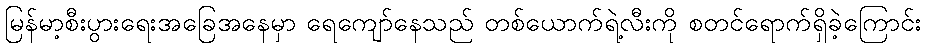
မြန်မာ့စီးပွားရေးအခြေအနေမှာ ရေကျော်နေသည် တစ်ယောက်ရဲ့လီးကို စတင်ရောက်ရှိခဲ့ကြောင်း